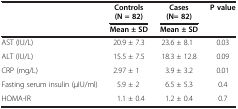
|  | Controls | Cases | P value |
 |  | (N = 82) | (N= 82) |  |
 |  | Mean ± SD | Mean ± SD |  |
 | --- | --- | --- | --- |
 | AST (IU/L) | 20.9 ± 7.3 | 23.6 ± 8.1 | 0.03 |
 | ALT (IU/L) | 15.5 ± 7.5 | 18.3 ± 12.8 | 0.09 |
 | CRP (mg/L) | 2.97 ± 1 | 3.9 ± 3.2 | 0.01 |
 | Fasting serum insulin (μIU/ml) | 5.9 ± 2 | 6.5 ± 5.3 | 0.4 |
 | HOMA-IR | 1.1 ± 0.4 | 1.2 ± 0.4 | 0.7 |